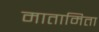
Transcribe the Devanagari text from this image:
मातामिता